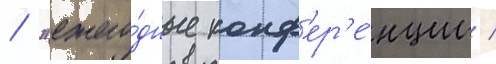
/ "ежего́дные конф'ер'е́нции /